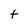
Character: t